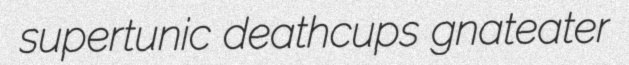
supertunic deathcups gnateater